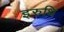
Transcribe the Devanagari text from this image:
इरुधि